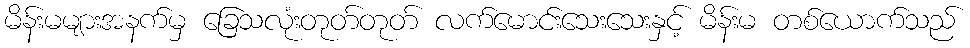
မိန်းမများအနက်မှ ခြေသလုံးတုတ်တုတ် လက်မောင်းသေးသေးနှင့် မိန်းမ တစ်ယောက်သည်